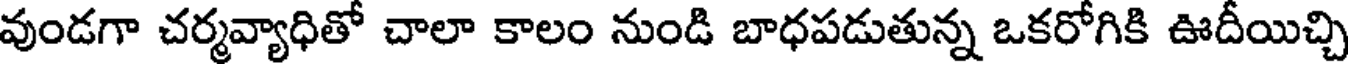
వుండగా చర్మవ్యాధితో చాలా కాలం నుండి బాధపడుతున్న ఒకరోగికి ఊదీయిచ్చి